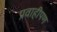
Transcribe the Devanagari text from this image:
प्रवाहीपण